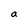
Character: a